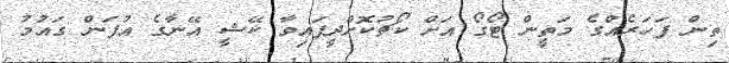
ތިން ފަހަރެއްގެ މަތީން ޓޯގޯ އަށް ކޯޗުކޮށްދީފައިވާ ކޭޝީ އޭނާގެ އުފަން ގައުމު